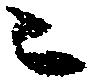
ニ